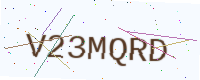
Text: V23MQRD